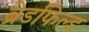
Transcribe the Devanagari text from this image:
ब्रेडफिल्ड